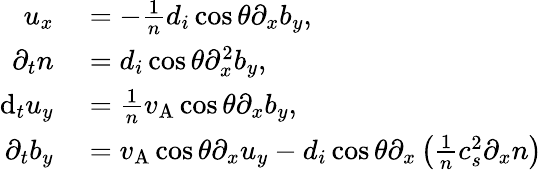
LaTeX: \begin{array}{rl}{u_{x}}&{{}=-\frac{1}{n}d_{i}\cos\theta\partial_{x}b_{y},}\\ {\partial_{t}n}&{{}=d_{i}\cos\theta\partial_{x}^{2}b_{y},}\\ {\mathrm{d}_{t}u_{y}}&{{}=\frac{1}{n}v_{\mathrm{A}}\cos\theta\partial_{x}b_{y},}\\ {\partial_{t}b_{y}}&{{}=v_{\mathrm{A}}\cos\theta\partial_{x}u_{y}-d_{i}\cos\theta\partial_{x}\left(\frac{1}{n}c_{s}^{2}\partial_{x}n\right)}\end{array}